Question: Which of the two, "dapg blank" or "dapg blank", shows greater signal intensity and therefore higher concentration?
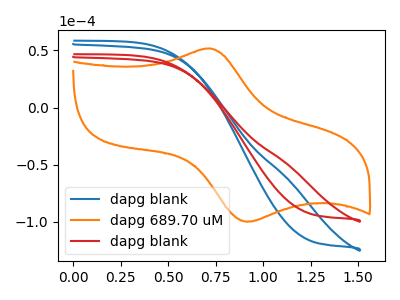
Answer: <think>The blue curve "dapg blank" has no peaks. The orange curve "dapg 689.70 uM" has an anodic peak at (0.70V, 51.75uA) and a cathodic peak at (0.90V, -99.95uA). The red curve "dapg blank" has no peaks.
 Neither "dapg blank" or "dapg blank" have any peaks.</think>
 <answer>I cant tell if "dapg blank" or "dapg blank" has higher concentration.</answer>
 <eval>mixed_concentration</eval>